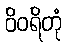
ဝိဝရိတုံ